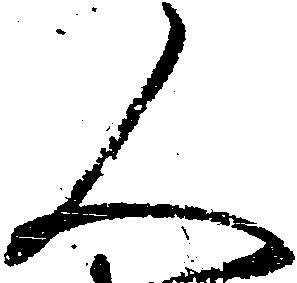
人